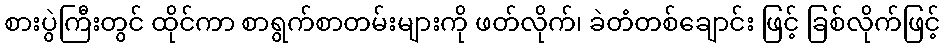
စားပွဲကြီးတွင် ထိုင်ကာ စာရွက်စာတမ်းများကို ဖတ်လိုက်၊ ခဲတံတစ်ချောင်း ဖြင့် ခြစ်လိုက်ဖြင့်